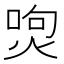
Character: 𤉵